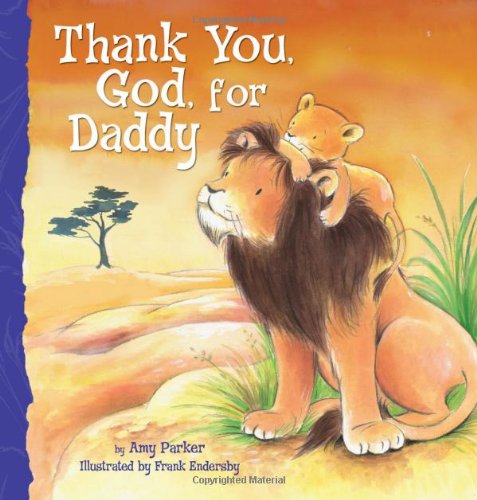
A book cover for Thank You, God, For Daddy; Amy Parker; Children's Books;